Indian journal of veterinary science and animal husbandry - Volume 3,
Year: 1933
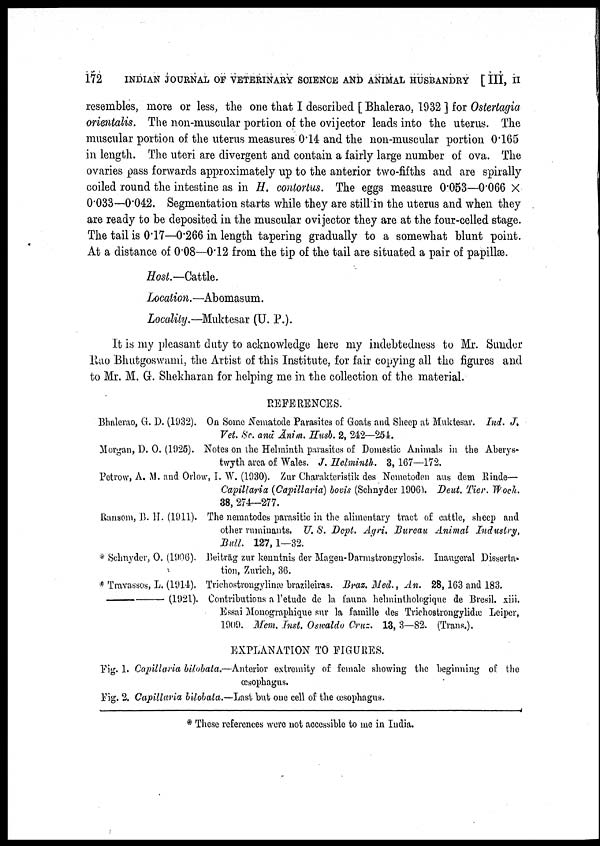
172
INDIAN JOURNAL OF VETERINARY SCIENCE AND ANIMAL HUSBANDRY [ III, II
resembles, more or less, the one that I described [ Bhalerao, 1932 ] for Ostertagia
orientalis. The non-muscular portion of the ovijector leads into the uterus. The
muscular portion of the uterus measures 0.14 and the non-muscular portion 0.165
in length. The uteri are divergent and contain a fairly large number of ova. The
ovaries pass forwards approximately up to the anterior two-fifths and are spirally
coiled round the intestine as in H. contortus. The eggs measure 0.053—0.066 ×
0.033—0.042. Segmentation starts while they are still in the uterus and when they
are ready to be deposited in the muscular ovijector they are at the four-celled stage.
The tail is 0.17—0.266 in length tapering gradually to a somewhat blunt point.
At a distance of 0.08—0.12 from the tip of the tail are situated a pair of papillæ .
Host.—Cattle.
Location. —Abomasum.
Locality.—Muktesar (U. P.).
It is my pleasant duty to acknowledge here my indebtedness to Mr. Sunder
Rao Bhutgoswami, the Artist of this Institute, for fair copying all the figures and
to Mr. M. G. Shekharan for helping me in the collection of the material.
REFERENCES.
Bhalerao, G. D. (1932). On Some Nematode Parasites of Goats and Sheep at Muktesar. Ind. J.
Vet. Sc. and Ānim. Husb. 2, 242—254.
Morgan, D. O. (1925). Notes on the Helminth parasites of Domestic Animals in the Aberys
twyth area of Wales. J. Helminth. 3, 167—172.
Petrow, A. M. and Orlow, I. W. (1930). Zur Charakteristik des Nemetoden aus dem Rinde—
Capillaria (Capillaria) bovis (Schnyder
1906)
Tier.
Woch.
38, 274—277.
Ransom, B. H. (1911). The nematodes parasitic in the alimentary tract of cattle, sheep and
other ruminants. U. S. Dept. Agri. Bureau Animal
Industry,
Bull. 127,1—32.
* Schnyder, O. (1906). Beiträg zur kenutnis der Magen-Darmstrongylosis. Inaugeral Disserta
tion, Zurich, 36.
* Travassos, L. (1914). Trichostrongylinæ brazileiras. Braz. Med., An. 28, 163 and 183.
—(1921).
Contributions a l'etude de la fauna helminthologique de Bresil. xiii.
Essai Monographique sur la famille des Trichostrongylidæ Leiper,
1909. Mem. Inst. Oswaldo Cruz. 13, 3—82. (Trans.).
EXPLANATION TO FIGURES.
Fig. 1. Capillaria bilobata.—Anterior extremity of female showing the beginning of the
œsophagus.
Fig. 2. Capillaria bilobata.—Last but one cell of the œsophagus.
* These references were not accessible to me in India.